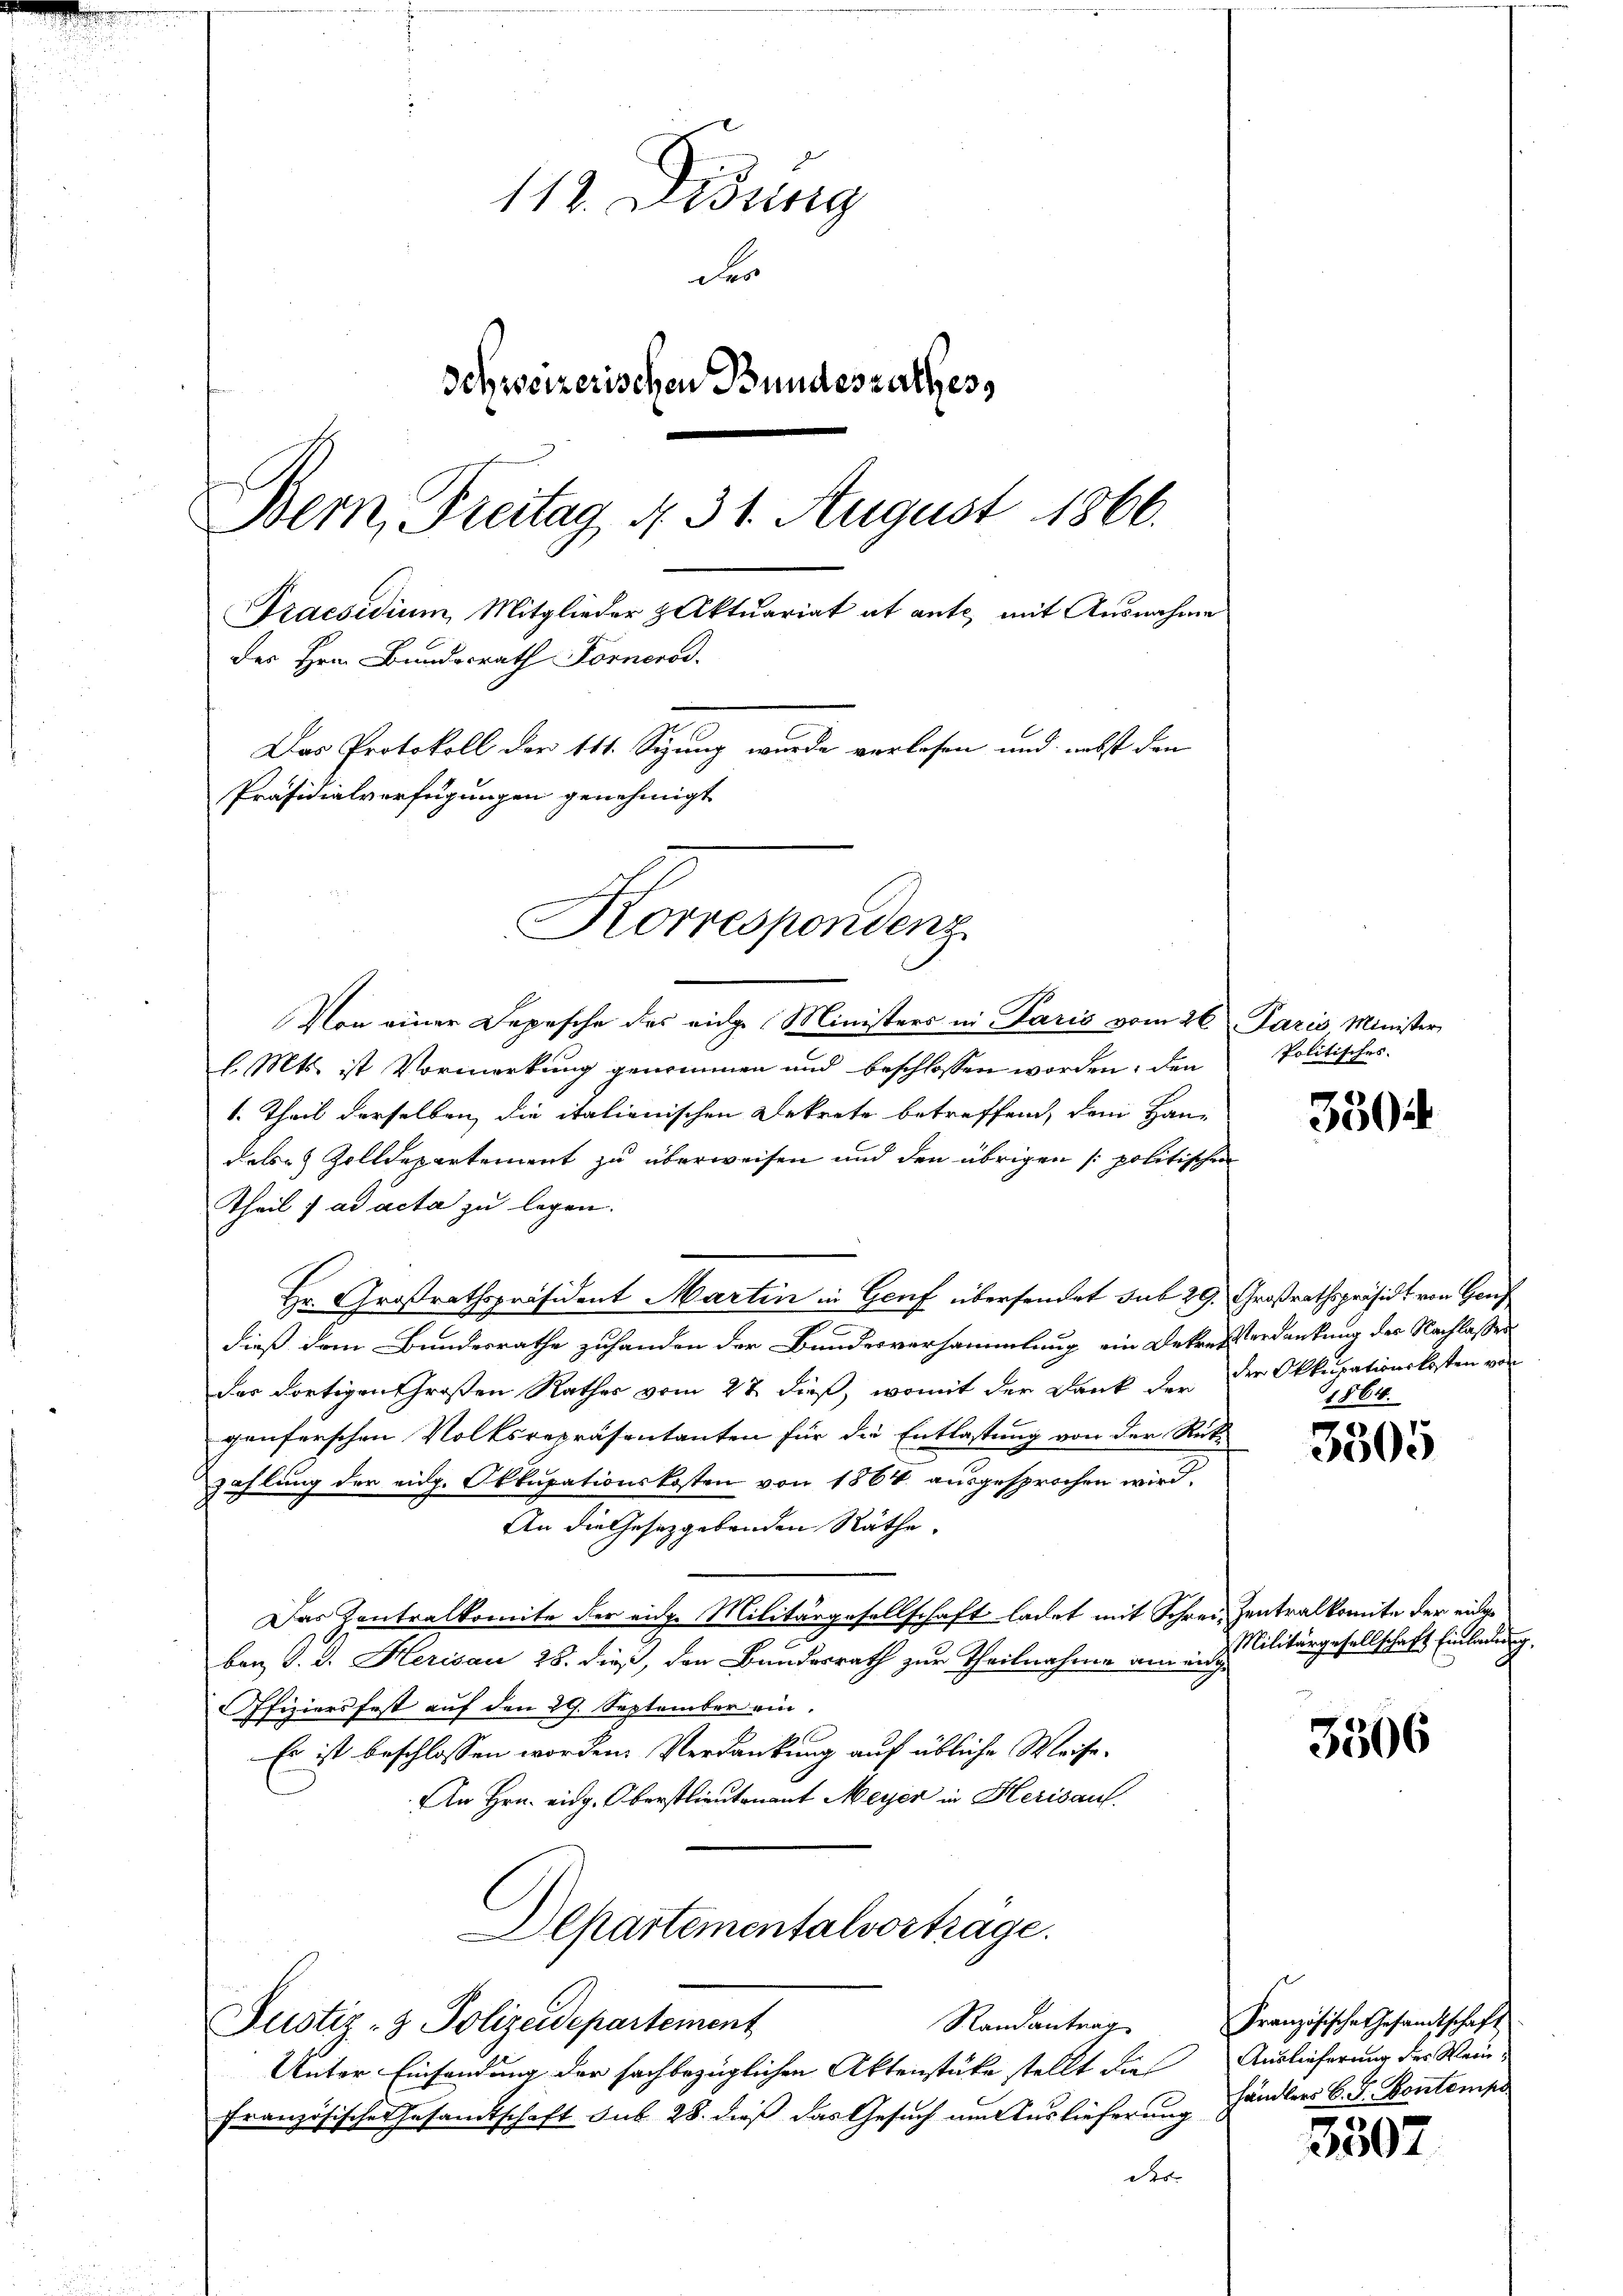
112. Didung
des
Schweizerischen Bundesrathes,
Bern, Freitag 4. 31. August 1866.
Praesidium, Mitglieder Aktuariat ab ante, mit Ausnahme
des Hrn. Bundesrath Fornerod.
Das Protokoll der 111. Sizung wurde verlesen und nebst den
Präsidialverfügungen genehmigt

Von einer Depesche des eige Ministers in Paris vom 26. Paris, Minister
l. Mts. ist Vormerkung genommen und beschlossen worden; den
1. Theil derselben die italienischen Dekrete betreffend, dem Han-
dels- & Zolldepartement zu überweisen und den übrigen politischen
Theils ad acta zu legen.
Hr. Großrathspräsident Martin in Genf übersendet sub 29. Großrathspräsidt von Gen
dieß dem Bundesrathe zuhanden der Bundesversammlung ein Dekret erdankung des Nachlasses
der dortigen Großen Rathes vom 27. dieß, womit der Dank der der Okkupationskosten von
genferschen Volksrepräsentanten für die Entlastung von der Rück-
zahlung der eidg. Okkupationskosten von 1864 ausgesprochen wird.
An die Gesetzgebenden Räthe.
Das Kontralkomite der eidg. Militärgesellschaft ladet mit Schrei Zentralkomite der eingeban J. J. Herisau 28. dieß, den Bundesrath zur Theilnahme aneig
Ofiziers fest auf den 29. September ein
Es ist beschlossen worden. Verdankung auf übliche Weise-
An Hrn. eidg. Oberstlieutenant Meyer in Herisauf
Departementalvorträge.
Justiz- & Polizeidepartement
Randantrag
Unter Einsendung der sachbezüglichen Aktenstücke stellt die Auslieferung der Weinfranzösisches Gesandtschaft sub 28. dieß das Gesuch um Auslieferung händlers C. S. Kontempe
des

Korrespondenz

Politisches.

3304

1861.

3505

Militärgesellschaft Einladung,

5506

Französische Gesandtschaft

3507